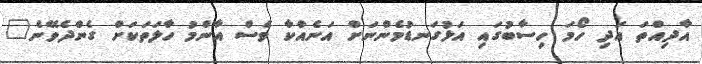
އާދިއްތަ އަދި ހޯމަ ހިސާބުގައި އަޅުގަނޑުމެންނަށް އަނެއްކާ ވެސް އާންމު ހާލަތަކަށް ގެންދެވޭނެ"